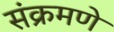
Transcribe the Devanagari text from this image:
संक्रमणे